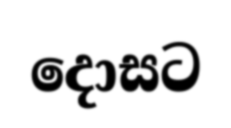
දොසට